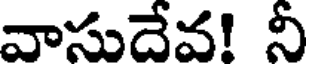
వాసుదేవ! నీ